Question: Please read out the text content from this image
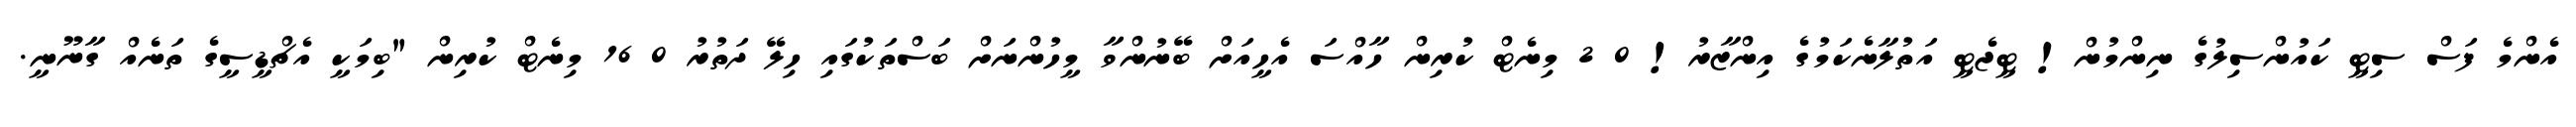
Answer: އެންމެ ފަސް ސިޓީ ކައުންސިލުގެ ނިންމުން! ޓީޖެޓީ އަތުލާނެކަމުގެ އިންޒާރު! 0 2 މިނެޓް ކުރިން ހާއްސަ އެހީއަށް ބޭނުންވާ މީހުންނަށް ބަސްތަކުގައި ހިލޭ ދަތުރު 0 16 މިނެޓް ކުރިން "ބިމަކީ އެޗްޑީސީގެ ތަނެއް ގާނޫނީ.